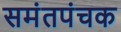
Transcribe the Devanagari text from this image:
समंतपंचक